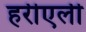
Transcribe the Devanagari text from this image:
हरीएली